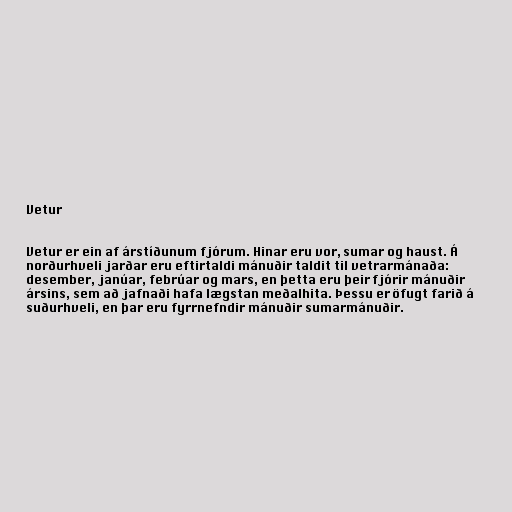
Vetur

Vetur er ein af árstíðunum fjórum. Hinar eru vor, sumar og haust. Á
norðurhveli jarðar eru eftirtaldi mánuðir taldit til vetrarmánaða:
desember, janúar, febrúar og mars, en þetta eru þeir fjórir mánuðir
ársins, sem að jafnaði hafa lægstan meðalhita. Þessu er öfugt farið á
suðurhveli, en þar eru fyrrnefndir mánuðir sumarmánuðir.